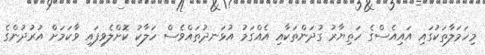
މިހަމަލާތަކުގައި އައިއެސްގެ ހަތިޔާރު ގުދަންތަކާއި އެއްގަމު އުޅަނދުތައްވެސް ހަލާކު ކޮށްލެވިފައި ވާކަމަށް އުރުދުންގެ